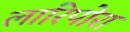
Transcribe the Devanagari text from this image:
लारिपोरा